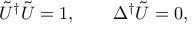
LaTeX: \tilde { U } ^ { \dag } \tilde { U } = 1 , \qquad \Delta ^ { \dag } \tilde { U } = 0 ,